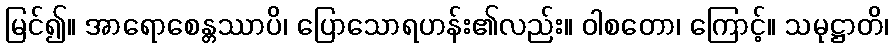
မြင်၍။ အာရောစေန္တဿာပိ၊ ပြောသောရဟန်း၏လည်း။ ဝါစတော၊ ကြောင့်။ သမုဋ္ဌာတိ၊